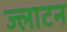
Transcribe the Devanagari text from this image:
ज्लाटन